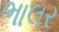
ભાલર